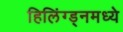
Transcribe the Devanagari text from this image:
हिलिंग्ड्नमध्ये